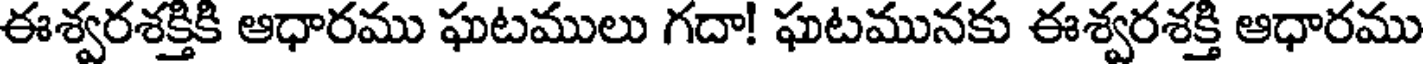
ఈశ్వరశక్తికి ఆధారము ఘటములు గదా! ఘటమునకు ఈశ్వరశక్తి ఆధారము